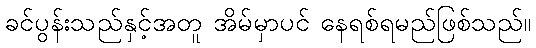
ခင်ပွန်းသည်နှင့်အတူ အိမ်မှာပင် နေရစ်ရမည်ဖြစ်သည်။